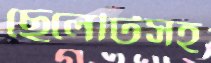
ছেলেটিসহ